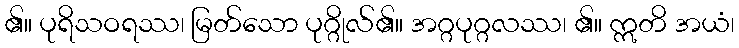
၏။ ပုရိသဝရဿ၊ မြတ်သော ပုဂ္ဂိုလ်၏။ အဂ္ဂပုဂ္ဂလဿ၊ ၏။ ဣတိ အယံ၊